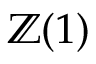
\mathbb { Z } ( 1 )